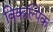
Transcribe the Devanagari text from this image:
विकल्पिक